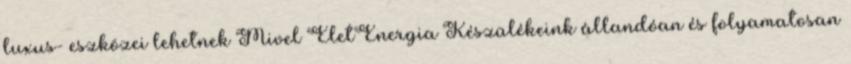
luxus- eszközei lehetnek Mivel ÉletEnergia Készülékeink állandóan és folyamatosan